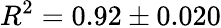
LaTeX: R^{2}=0.92\pm 0.020